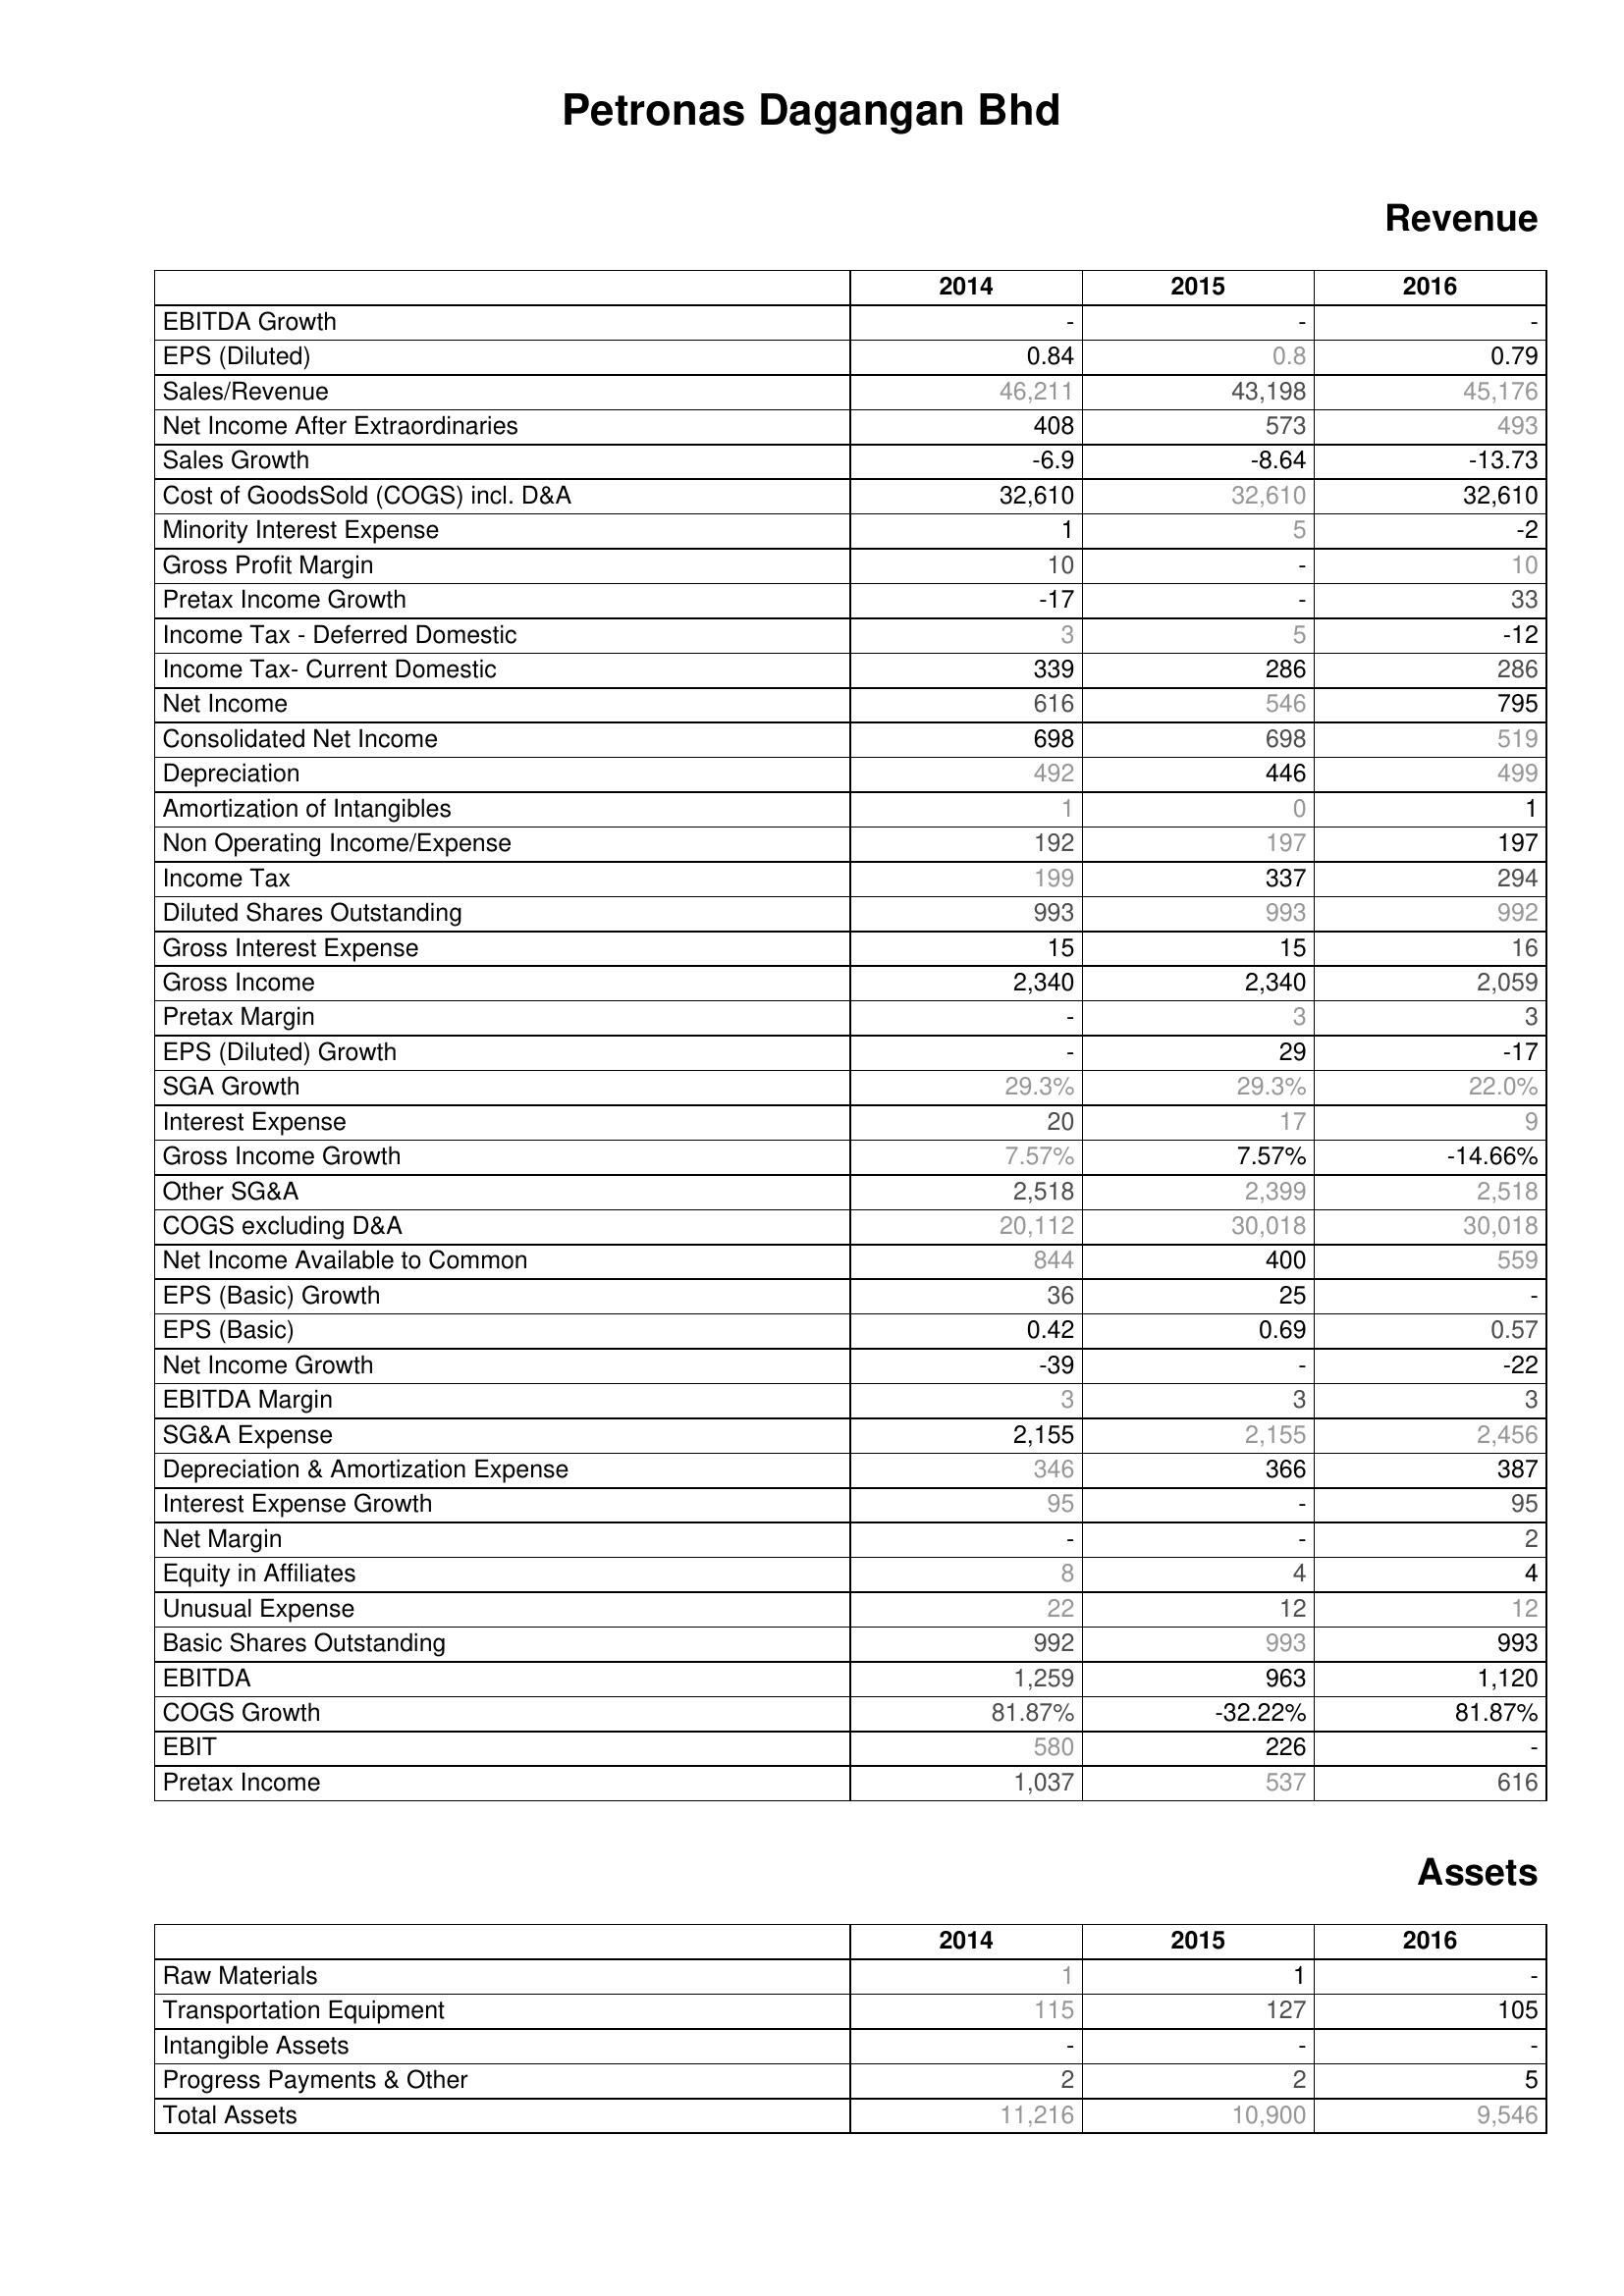
2014: Revenue: EBITDA Growth: -
EPS (Diluted): 0.84
Sales/Revenue: 46,211
Net Income After Extraordinaries: 408
Sales Growth: -6.9
Cost of GoodsSold (COGS) incl. D&A: 32,610
Minority Interest Expense: 1
Gross Profit Margin: 10
Pretax Income Growth: -17
Income Tax - Deferred Domestic: 3
Income Tax- Current Domestic: 339
Net Income: 616
Consolidated Net Income: 698
Depreciation: 492
Amortization of Intangibles: 1
Non Operating Income/Expense: 192
Income Tax: 199
Diluted Shares Outstanding: 993
Gross Interest Expense: 15
Gross Income: 2,340
Pretax Margin: -
EPS (Diluted) Growth: -
SGA Growth: 29.3%
Interest Expense: 20
Gross Income Growth: 7.57%
Other SG&A: 2,518
COGS excluding D&A: 20,112
Net Income Available to Common: 844
EPS (Basic) Growth: 36
EPS (Basic): 0.42
Net Income Growth: -39
EBITDA Margin: 3
SG&A Expense: 2,155
Depreciation & Amortization Expense: 346
Interest Expense Growth: 95
Net Margin: -
Equity in Affiliates: 8
Unusual Expense: 22
Basic Shares Outstanding: 992
EBITDA: 1,259
COGS Growth: 81.87%
EBIT: 580
Pretax Income: 1,037
Assets: Raw Materials: 1
Transportation Equipment: 115
Intangible Assets: -
Progress Payments & Other: 2
Total Assets: 11,216
2015: Revenue: EBITDA Growth: -
EPS (Diluted): 0.8
Sales/Revenue: 43,198
Net Income After Extraordinaries: 573
Sales Growth: -8.64
Cost of GoodsSold (COGS) incl. D&A: 32,610
Minority Interest Expense: 5
Gross Profit Margin: -
Pretax Income Growth: -
Income Tax - Deferred Domestic: 5
Income Tax- Current Domestic: 286
Net Income: 546
Consolidated Net Income: 698
Depreciation: 446
Amortization of Intangibles: 0
Non Operating Income/Expense: 197
Income Tax: 337
Diluted Shares Outstanding: 993
Gross Interest Expense: 15
Gross Income: 2,340
Pretax Margin: 3
EPS (Diluted) Growth: 29
SGA Growth: 29.3%
Interest Expense: 17
Gross Income Growth: 7.57%
Other SG&A: 2,399
COGS excluding D&A: 30,018
Net Income Available to Common: 400
EPS (Basic) Growth: 25
EPS (Basic): 0.69
Net Income Growth: -
EBITDA Margin: 3
SG&A Expense: 2,155
Depreciation & Amortization Expense: 366
Interest Expense Growth: -
Net Margin: -
Equity in Affiliates: 4
Unusual Expense: 12
Basic Shares Outstanding: 993
EBITDA: 963
COGS Growth: -32.22%
EBIT: 226
Pretax Income: 537
Assets: Raw Materials: 1
Transportation Equipment: 127
Intangible Assets: -
Progress Payments & Other: 2
Total Assets: 10,900
2016: Revenue: EBITDA Growth: -
EPS (Diluted): 0.79
Sales/Revenue: 45,176
Net Income After Extraordinaries: 493
Sales Growth: -13.73
Cost of GoodsSold (COGS) incl. D&A: 32,610
Minority Interest Expense: -2
Gross Profit Margin: 10
Pretax Income Growth: 33
Income Tax - Deferred Domestic: -12
Income Tax- Current Domestic: 286
Net Income: 795
Consolidated Net Income: 519
Depreciation: 499
Amortization of Intangibles: 1
Non Operating Income/Expense: 197
Income Tax: 294
Diluted Shares Outstanding: 992
Gross Interest Expense: 16
Gross Income: 2,059
Pretax Margin: 3
EPS (Diluted) Growth: -17
SGA Growth: 22.0%
Interest Expense: 9
Gross Income Growth: -14.66%
Other SG&A: 2,518
COGS excluding D&A: 30,018
Net Income Available to Common: 559
EPS (Basic) Growth: -
EPS (Basic): 0.57
Net Income Growth: -22
EBITDA Margin: 3
SG&A Expense: 2,456
Depreciation & Amortization Expense: 387
Interest Expense Growth: 95
Net Margin: 2
Equity in Affiliates: 4
Unusual Expense: 12
Basic Shares Outstanding: 993
EBITDA: 1,120
COGS Growth: 81.87%
EBIT: -
Pretax Income: 616
Assets: Raw Materials: -
Transportation Equipment: 105
Intangible Assets: -
Progress Payments & Other: 5
Total Assets: 9,546